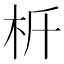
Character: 𣏸